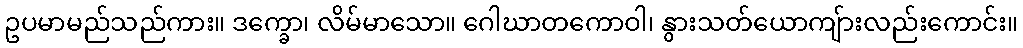
ဥပမာမည်သည်ကား။ ဒက္ခော၊ လိမ်မာသော။ ဂေါဃာတကောဝါ၊ နွားသတ်ယောကျ်ားလည်းကောင်း။